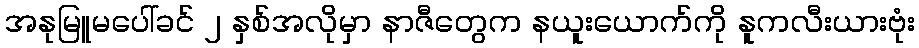
အနုမြူမပေါ်ခင် ၂ နှစ်အလိုမှာ နာဇီတွေက နယူးယောက်ကို နူကလီးယားဗုံး